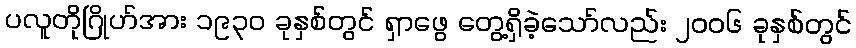
ပလူတိုဂြိုဟ်အား ၁၉၃၀ ခုနှစ်တွင် ရှာဖွေ တွေ့ရှိခဲ့သော်လည်း ၂၀၀၆ ခုနှစ်တွင်